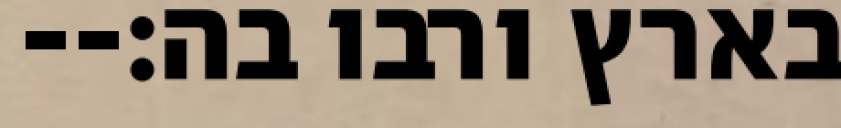
בארץ ורבו בה׃--